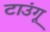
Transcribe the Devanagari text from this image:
टाउंगू